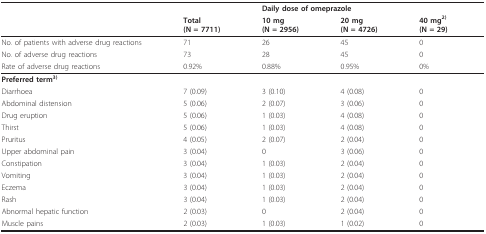
<table><thead><tr><td></td><td></td><td colspan="3"><b>Daily dose of omeprazole</b></td></tr><tr><td></td><td><b>Total(N = 7711)</b></td><td><b>10 mg(N = 2956)</b></td><td><b>20 mg(N = 4726)</b></td><td><b>40 mg<sup>2)</sup>(N = 29)</b></td></tr></thead><tbody><tr><td>No. of patients with adverse drug reactions</td><td>71</td><td>26</td><td>45</td><td>0</td></tr><tr><td>No. of adverse drug reactions</td><td>73</td><td>28</td><td>45</td><td>0</td></tr><tr><td>Rate of adverse drug reactions</td><td>0.92%</td><td>0.88%</td><td>0.95%</td><td>0%</td></tr><tr><td><b>Preferred term<sup>3)</sup></b></td><td></td><td></td><td></td><td></td></tr><tr><td>Diarrhoea</td><td>7 (0.09)</td><td>3 (0.10)</td><td>4 (0.08)</td><td>0</td></tr><tr><td>Abdominal distension</td><td>5 (0.06)</td><td>2 (0.07)</td><td>3 (0.06)</td><td>0</td></tr><tr><td>Drug eruption</td><td>5 (0.06)</td><td>1 (0.03)</td><td>4 (0.08)</td><td>0</td></tr><tr><td>Thirst</td><td>5 (0.06)</td><td>1 (0.03)</td><td>4 (0.08)</td><td>0</td></tr><tr><td>Pruritus</td><td>4 (0.05)</td><td>2 (0.07)</td><td>2 (0.04)</td><td>0</td></tr><tr><td>Upper abdominal pain</td><td>3 (0.04)</td><td>0</td><td>3 (0.06)</td><td>0</td></tr><tr><td>Constipation</td><td>3 (0.04)</td><td>1 (0.03)</td><td>2 (0.04)</td><td>0</td></tr><tr><td>Vomiting</td><td>3 (0.04)</td><td>1 (0.03)</td><td>2 (0.04)</td><td>0</td></tr><tr><td>Eczema</td><td>3 (0.04)</td><td>1 (0.03)</td><td>2 (0.04)</td><td>0</td></tr><tr><td>Rash</td><td>3 (0.04)</td><td>1 (0.03)</td><td>2 (0.04)</td><td>0</td></tr><tr><td>Abnormal hepatic function</td><td>2 (0.03)</td><td>0</td><td>2 (0.04)</td><td>0</td></tr><tr><td>Muscle pains</td><td>2 (0.03)</td><td>1 (0.03)</td><td>1 (0.02)</td><td>0</td></tr></tbody></table>